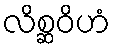
လိစ္ဆဝိဟံ